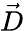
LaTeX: \vec{D}